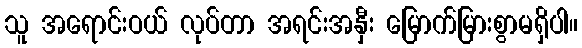
သူ အရောင်းဝယ် လုပ်တာ အရင်းအနှီး မြောက်မြားစွာမရှိပါ။